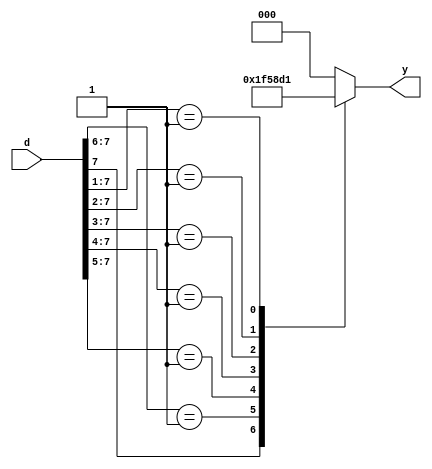
`timescale 1ns / 1ps
//////////////////////////////////////////////////////////////////////////////////
// Company: 
// Engineer: 
// 
// Design Name: 
// Module Name: priority_encoder_83
// Project Name: 
// Target Devices: 
// Tool Versions: 
// Description: 
// 
// Dependencies: 
// 
// Revision:
// Revision 0.01 - File Created
// Additional Comments:
// 
//////////////////////////////////////////////////////////////////////////////////


module priority_encoder_83(input [7:0]d, output reg [2:0]y);

always@(*)
begin
    casex(d)
    8'b1xxx_xxxx: y = 3'b111;
    8'b01xx_xxxx: y = 3'b110;
    8'b001x_xxxx: y = 3'b101;
    8'b0001_xxxx: y = 3'b100;
    8'b0000_1xxx: y = 3'b011;
    8'b0000_01xx: y = 3'b010;
    8'b0000_001x: y = 3'b001;
    8'b0000_0001: y = 3'b000;
    default:      y = 3'b000;
    endcase
end

endmodule

//////////////////////////////////////////////////////////////////////////////////